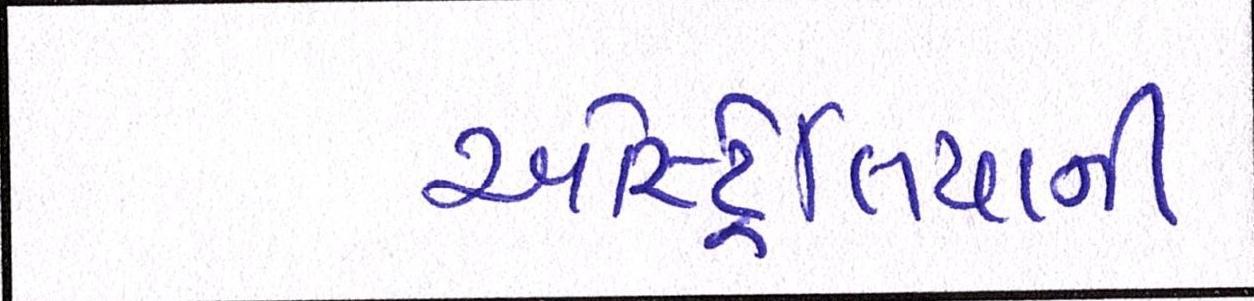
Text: ઓસ્ટ્રેલિયાની